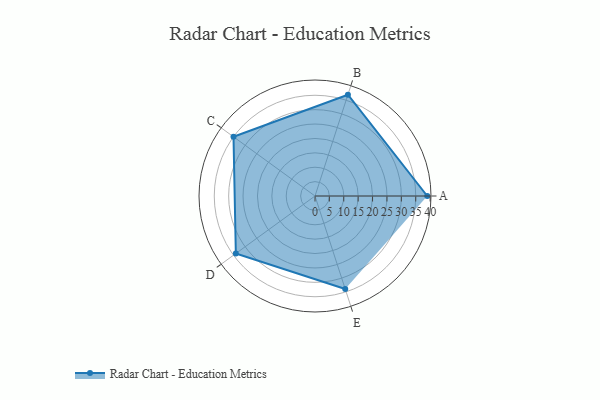
{"axis": {"x": "Skill", "y": "Score"}, "legend": ["Profile"], "data": [{"x": "A", "y": 39.0, "type": "Profile"}, {"x": "B", "y": 37.0, "type": "Profile"}, {"x": "C", "y": 35.0, "type": "Profile"}, {"x": "D", "y": 34.0, "type": "Profile"}, {"x": "E", "y": 34.0, "type": "Profile"}]}